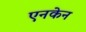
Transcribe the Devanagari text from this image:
एनकेन